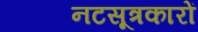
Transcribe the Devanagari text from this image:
नटसूत्रकारों